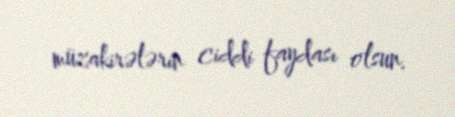
müzakirələrin ciddi faydası olsun.